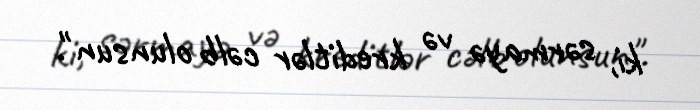
ki, sərmayə və kreditlər cəlb olunsun".